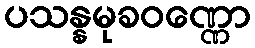
ပသန္နမုခဝဏ္ဏော